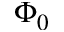
\Phi _ { 0 }